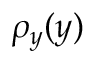
\rho _ { y } ( y )